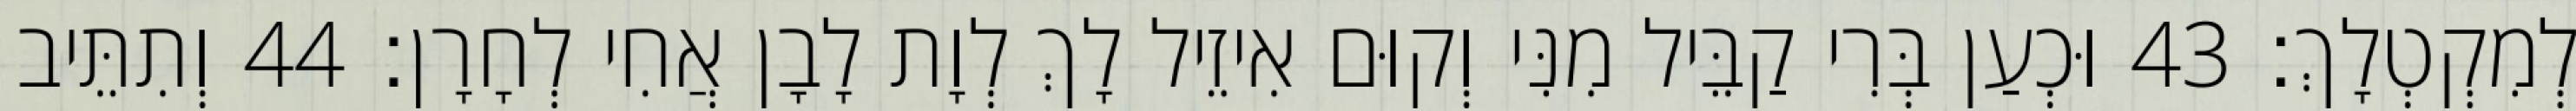
לְמִקְטְלָךְ׃ 43 וּכְעַן בְּרִי קַבֵּיל מִנִּי וְקוּם אִיזֵיל לָךְ לְוָת לָבָן אֲחִי לְחָרָן׃ 44 וְתִתֵּיב